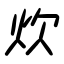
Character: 炊